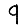
Digit: 9